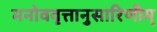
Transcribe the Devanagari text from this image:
मनोववृत्तानुसारिणीम्